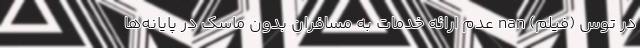
در توس (فیلم) nan عدم ارائه خدمات به مسافران بدون ماسک در پایانه‌ها